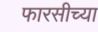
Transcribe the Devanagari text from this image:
फारसीच्या